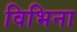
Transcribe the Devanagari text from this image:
विभिना